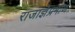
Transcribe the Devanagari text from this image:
राजाज्ञेप्रमाणे